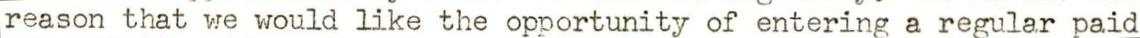
reason that we would like the opportunity of entering a regular paid